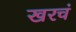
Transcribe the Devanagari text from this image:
खरचं